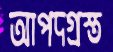
আপদগ্রস্ত